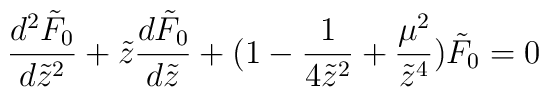
\frac{d^2\tilde F_0}{d\tilde z^2}+\tilde z\frac{d\tilde F_0}{d\tilde z}+(1-\frac{1}{4\tilde z^2}+\frac{\mu^{2}}{\tilde z^{4}})\tilde F_0=0